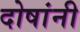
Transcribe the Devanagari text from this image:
दोषांनी